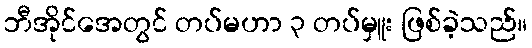
ဘီအိုင်အေတွင် တပ်မဟာ ၃ တပ်မှူး ဖြစ်ခဲ့သည်။